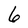
Character: 6